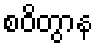
စဝိတွာန